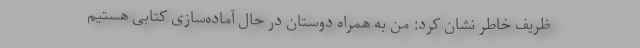
ظریف خاطر نشان کرد: من به همراه دوستان در حال آماده‌سازی کتابی هستیم